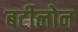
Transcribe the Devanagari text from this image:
बर्टीलोन